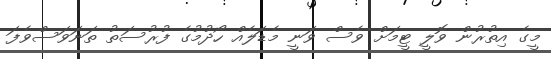
މީގެ އިތުރުން ވޮލީ ޓީމަށް ވެސް ވަނީ މެޑަލެއް ހޯދުމުގެ ފުރުސަތު ތަނަވަސްވެފަ